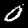
Digit: 0